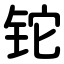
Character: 铊